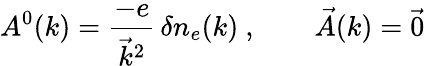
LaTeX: A^{0}(k)=\frac{-e}{\vec{k}^{2}}\, \delta n_{e}(k)\ ,\qquad\vec{A}(k)=\vec{0}